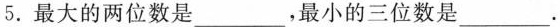
5. 最大的两位数是___，最小的三位数是___.